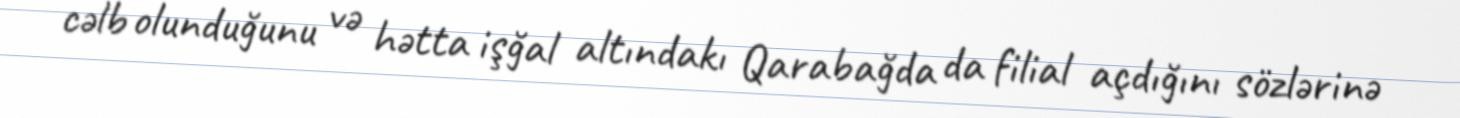
cəlb olunduğunu və hətta işğal altındakı Qarabağda da filial açdığını sözlərinə